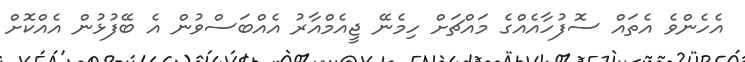
އެހެންވެ އެތައް ސޮފުހާއެއްގެ މައްޗަށް ހިމެނޭ ޖީއެމްއާރު އެއްބަސްވުން އެ ބޭފުޅުން އެއްކޮށް